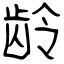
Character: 龄